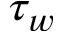
\tau _ { w }